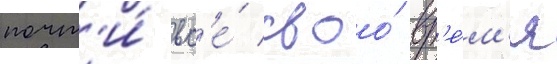
почт'и́ вс'е́ своо́ вр'е́м'я